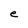
Character: e